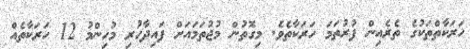
ހަރަކާތްތަކުގެ ތެރެއިން ފުރުތަމަ ހަރަކާތެވެ. މިގޮތުން މުޖުތަމައަށް ފައިދާހުރި މުހިންމު 12 ހަރަކާތެއް